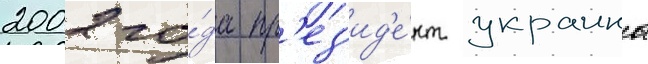
2002 го́да пр'ез'ид'е́нт украины